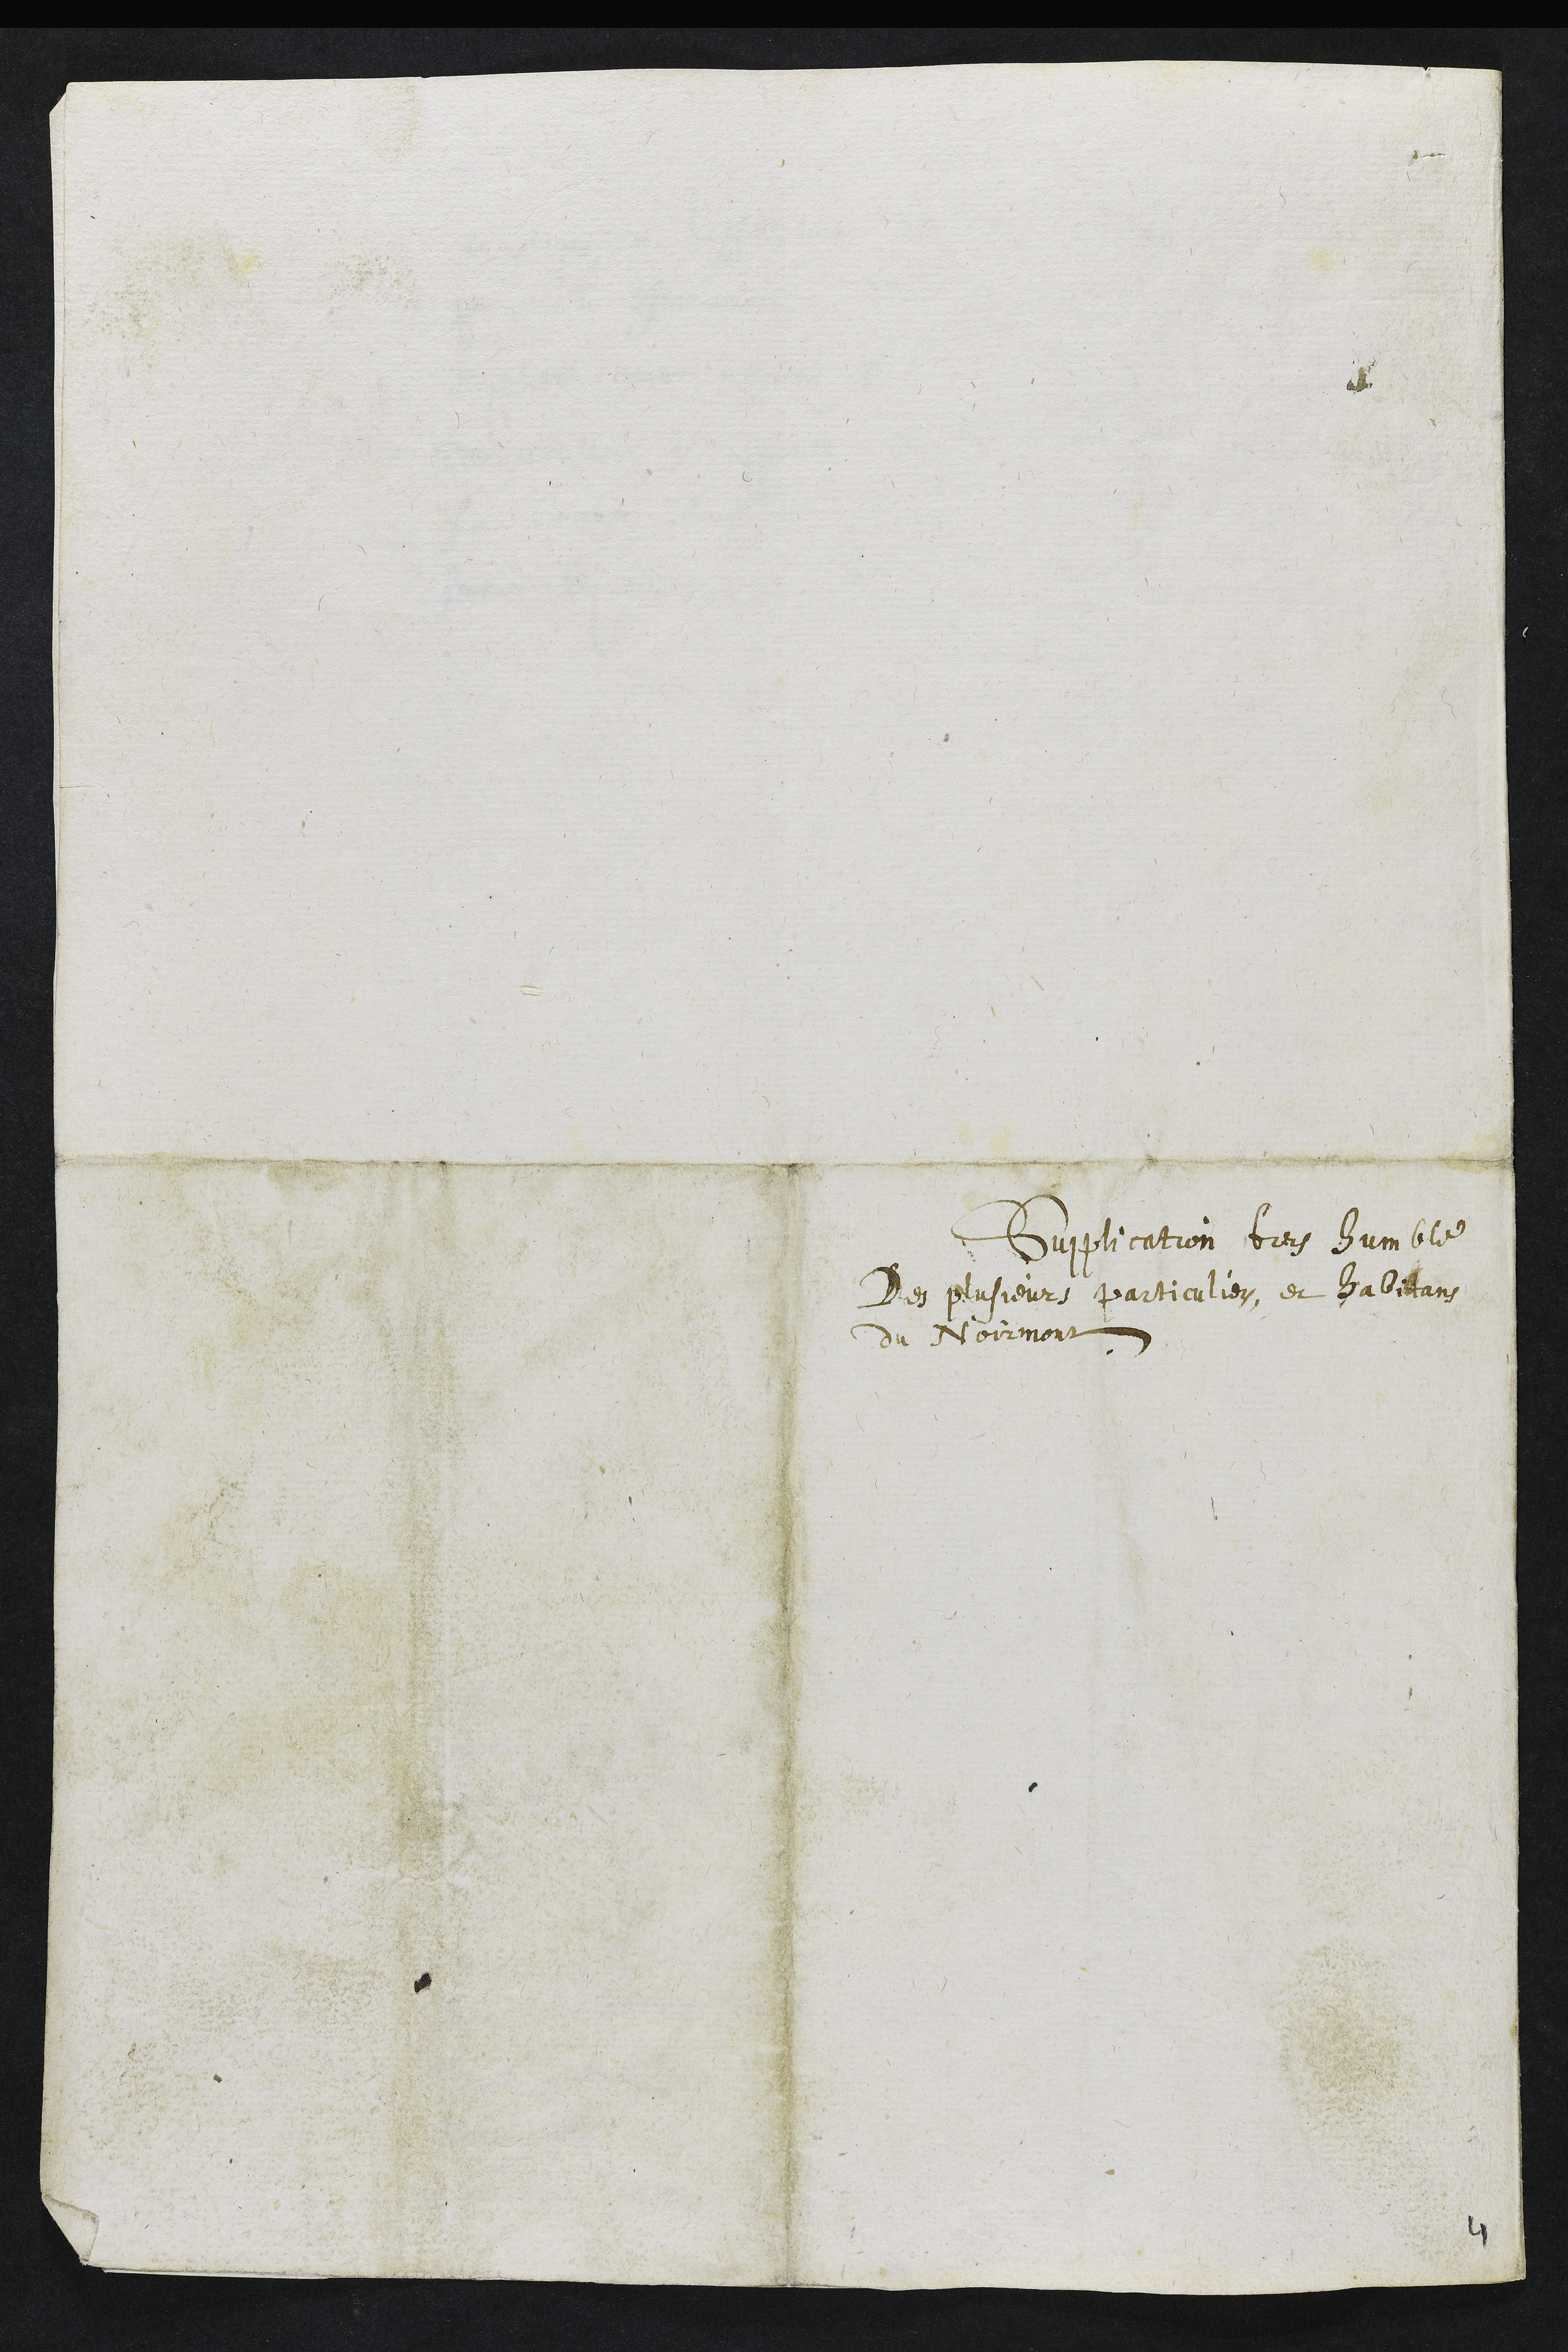
Supplication tres humble
Des plusieurs particuliers, et habitans
du Noirmont
4